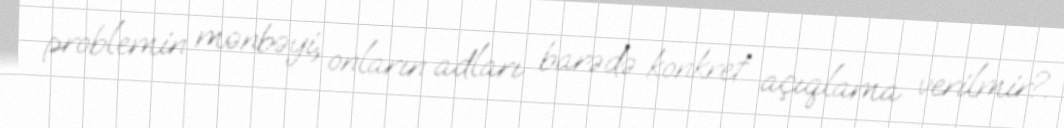
problemin mənbəyi, onların adları barədə konkret açıqlama verilmir?.